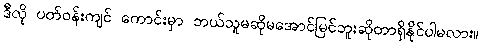
ဒီလို ပတ်ဝန်းကျင် ကောင်းမှာ ဘယ်သူမဆိုမအောင်မြင်ဘူးဆိုတာရှိနိုင်ပါမလား။